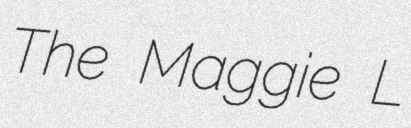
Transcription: The Maggie L